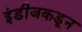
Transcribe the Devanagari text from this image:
इंडीजकडून